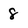
Character: 8